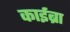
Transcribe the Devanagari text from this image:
काईब्रा